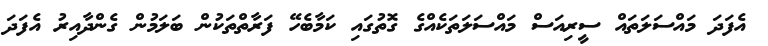
އެފަދަ މައްސަލަތައް ސީރިއަސް މައްސަލަތަކެއްގެ ގޮތުގައި ކަމާބެހޭ ފަރާތްތަކުން ބަލަމުން ގެންދާއިރު އެފަދަ